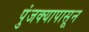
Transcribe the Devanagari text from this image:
पुंजक्यापासून